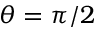
\theta = \pi / 2